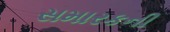
સમારકની